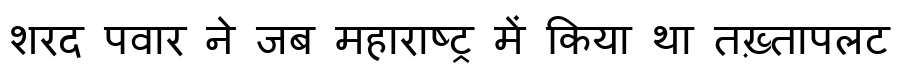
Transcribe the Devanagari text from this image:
शरद पवार ने जब महाराष्ट्र में किया था तख़्तापलट